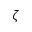
\zeta